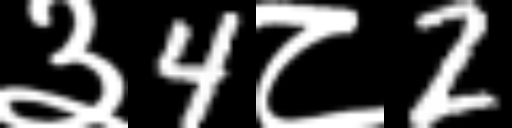
Text: ३4८2